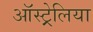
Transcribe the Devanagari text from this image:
ऑस्ट्र्रेलिया